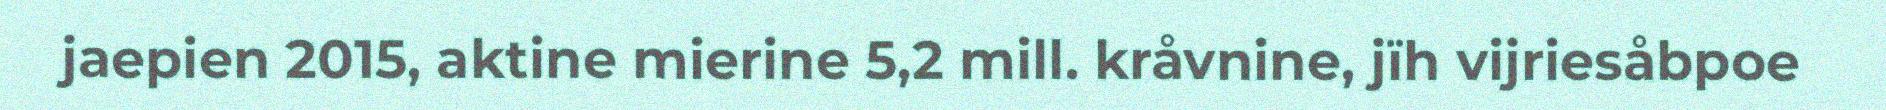
jaepien 2015, aktine mierine 5,2 mill. kråvnine, jïh vijriesåbpoe